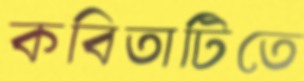
কবিতাটিতে